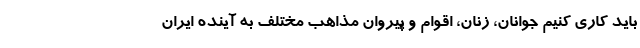
باید کاری کنیم جوانان، زنان، اقوام و پیروان مذاهب مختلف به آینده ایران